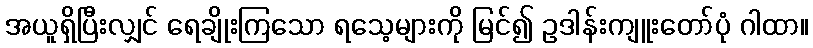
အယူရှိပြီးလျှင် ရေချိုးကြသော ရသေ့များကို မြင်၍ ဥဒါန်းကျူးတော်ပုံ ဂါထာ။